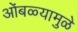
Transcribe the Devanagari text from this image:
ओंबळ्यामुळे